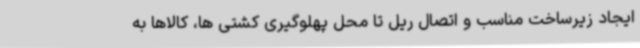
ایجاد زیرساخت مناسب و اتصال ریل تا محل پهلوگیری کشتی ها، کالاها به